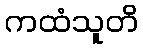
ကထံသူတိ